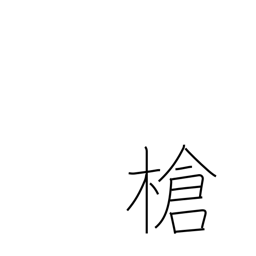
Meaning: javelin